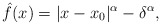
\begin{align*}\hat f(x) = |x - x_0|^{\alpha} - \delta^{\alpha},\end{align*}